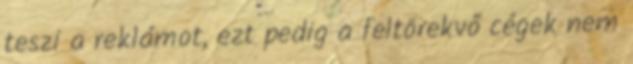
teszi a reklámot, ezt pedig a feltörekvő cégek nem